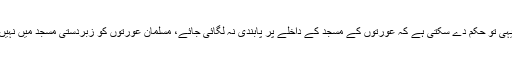
کیونکہ عدالت یہی تو حکم دے سکتی ہے کہ عورتوں کے مسجد کے داخلے پر پابندی نہ لگائی جائے، مسلمان عورتوں کو زبردستی مسجد میں نہیں لے جاسکتا نا۔